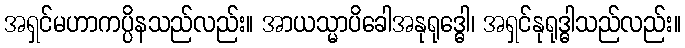
အရှင်မဟာကပ္ပိနသည်လည်း။ အာယသ္မာပိခေါအနုရုဒ္ဓေါ၊ အရှင်နုရုဒ္ဓါသည်လည်း။